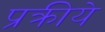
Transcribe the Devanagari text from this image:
प्रक्रीये